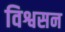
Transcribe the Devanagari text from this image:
विश्वसन